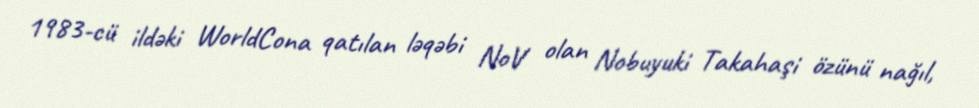
1983-cü ildəki WorldCona qatılan ləqəbi NoV olan Nobuyuki Takahaşi özünü nağıl,